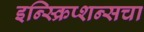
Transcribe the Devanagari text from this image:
इन्स्क्रिप्शन्सचा